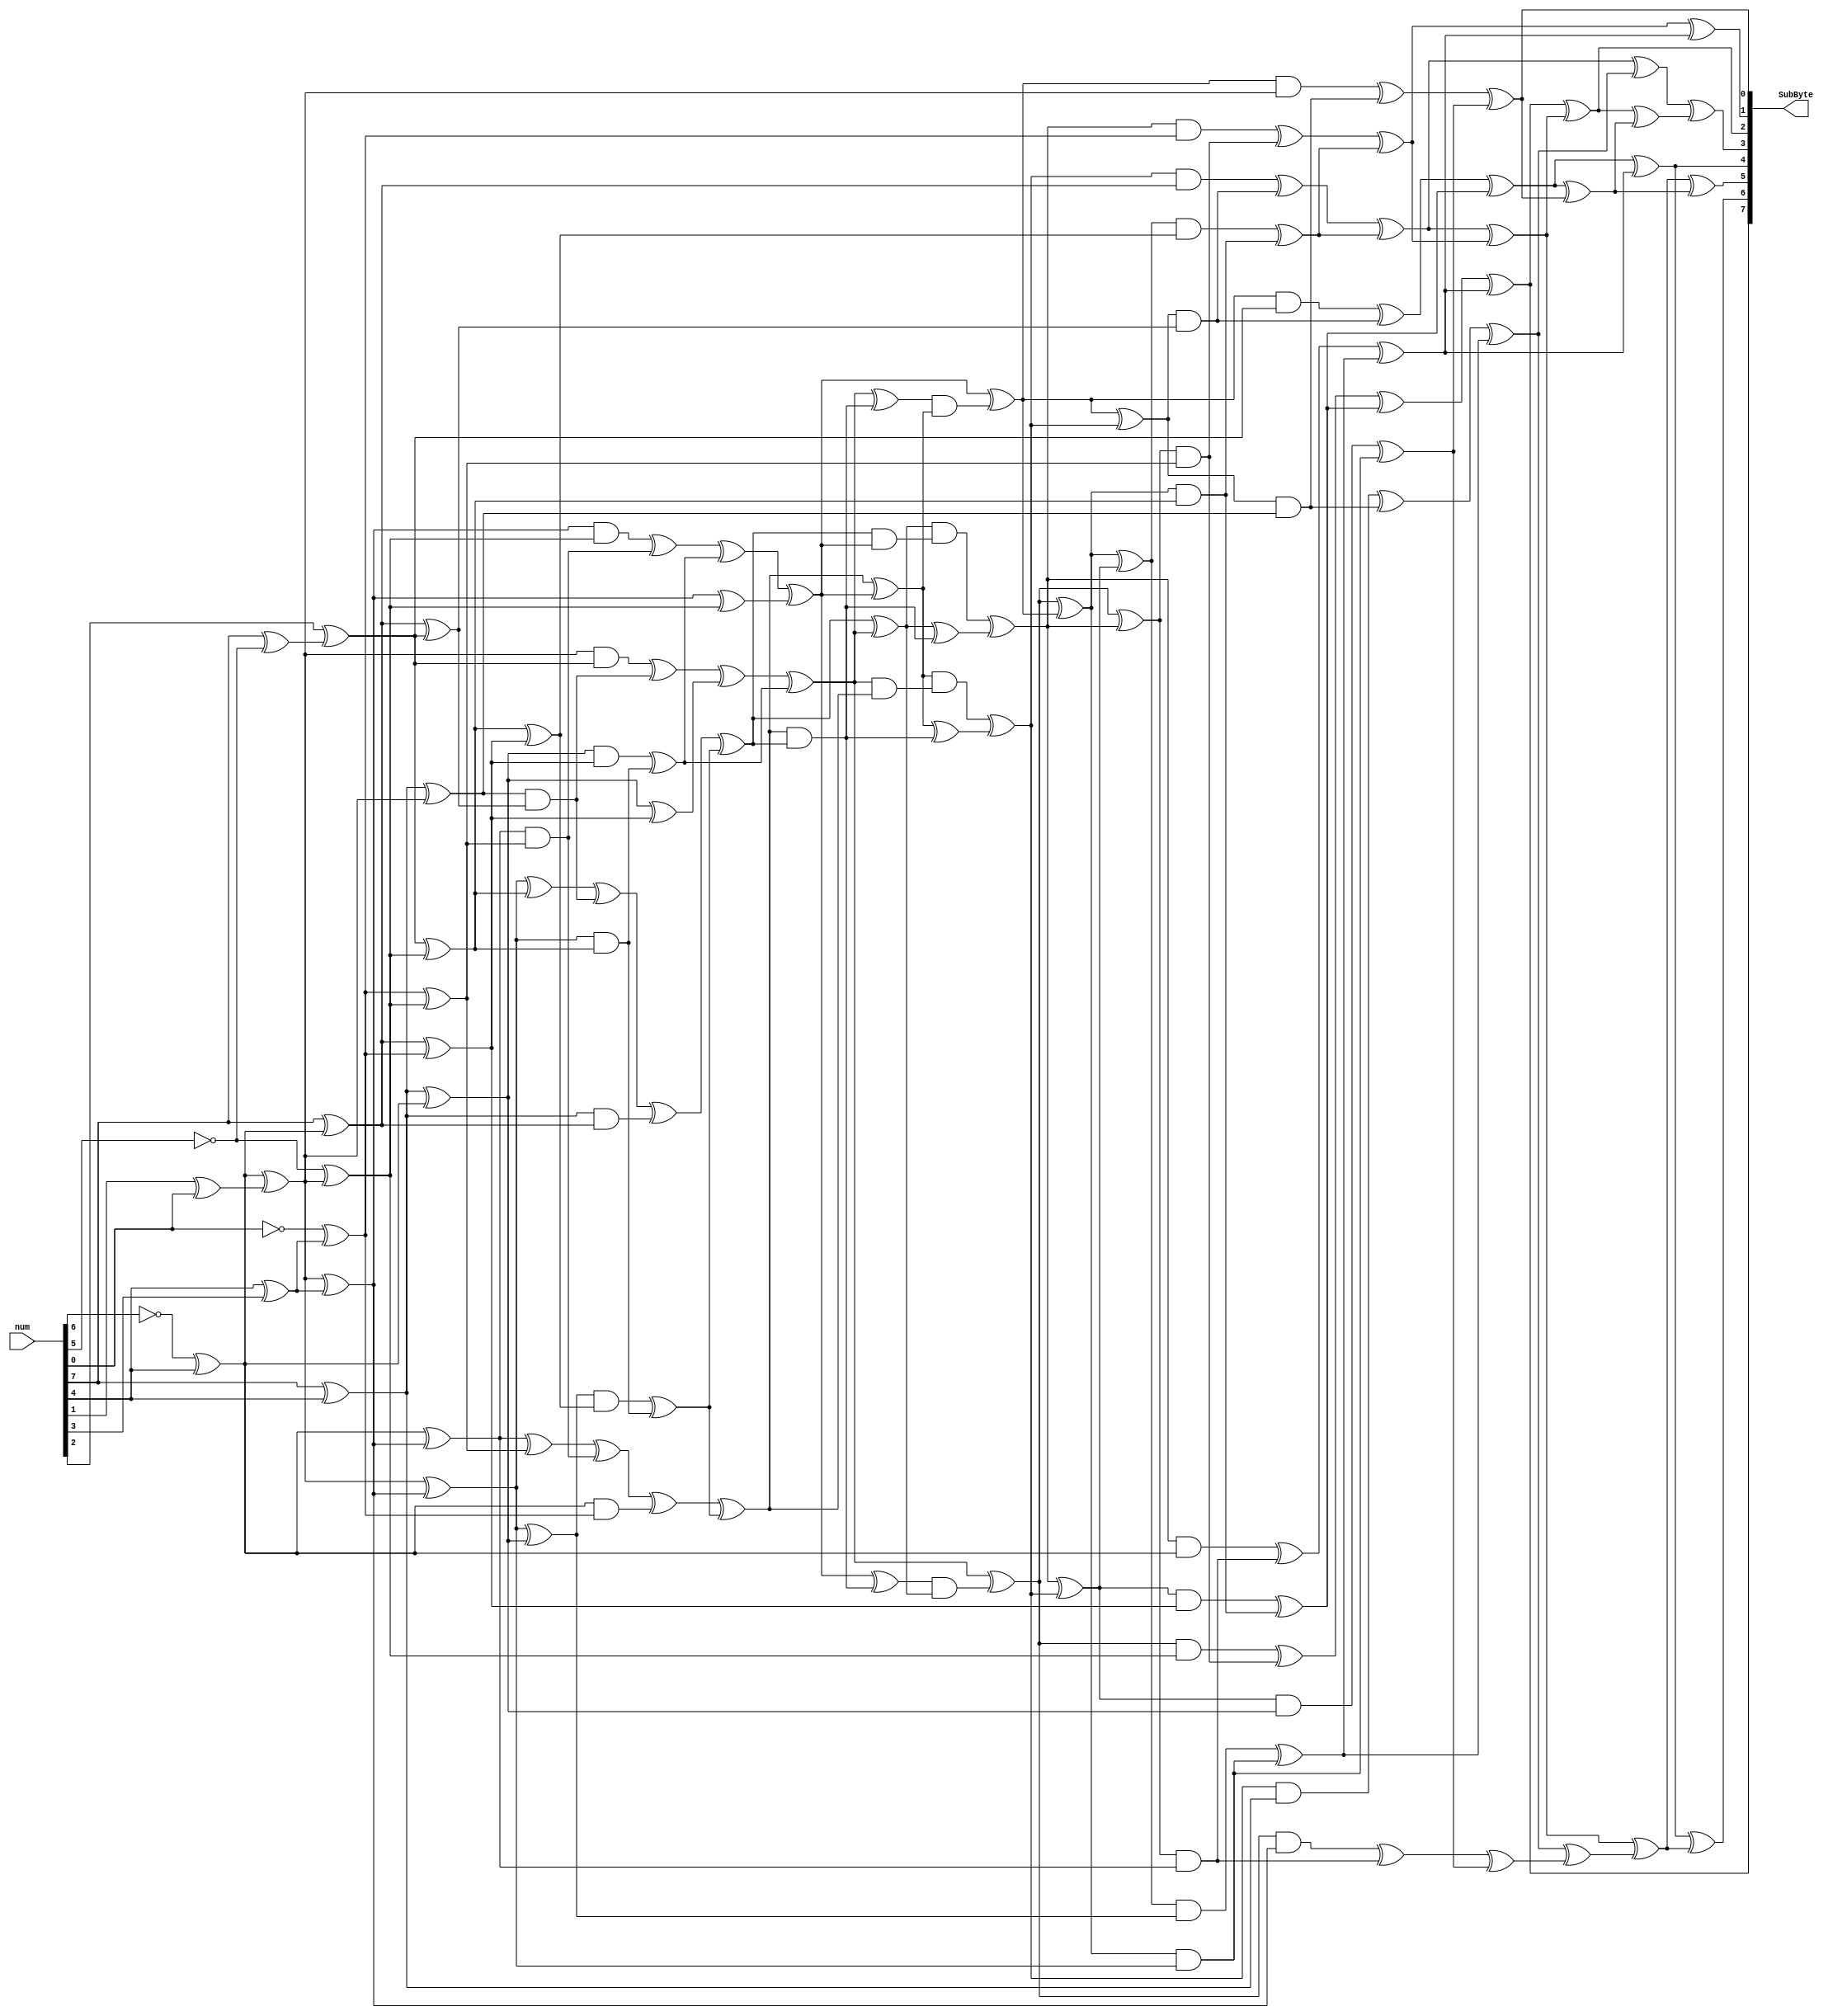
// http://cs-www.cs.yale.edu/homes/peralta/CircuitStuff/Sinv.txt
module inverse_sbox(	
	output [7:0] SubByte,
	input [7:0] num
	);
	
	wire[0:7] S, U;

	assign U = num;
	assign SubByte = S;


assign Y0 = U[0] ^ U[3];
assign Y2 = ~U[1] ^ U[3];
assign Y4 = U[0] ^ Y2;
assign RTL0 = U[6] ^ U[7];
assign Y1 = Y2 ^ RTL0;
assign Y7 = ~U[2] ^ Y1;
assign RTL1 = U[3] ^ U[4];
assign Y6 = ~U[7] ^ RTL1;
assign Y3 = Y1 ^ RTL1;
assign RTL2 = U[0] ^ ~U[2];
assign Y5 = U[5] ^ RTL2;
assign sa1 = Y0 ^ Y2;
assign sa0 = Y1 ^ Y3;
assign sb1 = Y4 ^ Y6;
assign sb0 = Y5 ^ Y7;
assign ah = Y0 ^ Y1;
assign al = Y2 ^ Y3;
assign aa = sa0 ^ sa1;
assign bh = Y4 ^ Y5;
assign bl = Y6 ^ Y7;
assign bb = sb0 ^ sb1;
assign ab20 = sa0 ^ sb0;
assign ab22 = al ^ bl;
assign ab23 = Y3 ^ Y7;
assign ab21 = sa1 ^ sb1;
assign abcd1 = ah & bh;
assign rr1 = Y0 & Y4;
assign ph11 = ab20 ^ abcd1;
assign t01 = Y1 & Y5;
assign ph01 = t01 ^ abcd1;
assign abcd2 = al & bl;
assign r1 = Y2 & Y6;
assign pl11 = ab22 ^ abcd2;
assign r2 = Y3 & Y7;
assign pl01 = r2 ^ abcd2;
assign r3 = sa0 & sb0;
assign vr1 = aa & bb;
assign pr1 = vr1 ^ r3;
assign wr1 = sa1 & sb1;
assign qr1 = wr1 ^ r3;
assign ab0 = ph11 ^ rr1;
assign ab1 = ph01 ^ ab21;
assign ab2 = pl11 ^ r1;
assign ab3 = pl01 ^ qr1;
assign cp1 = ab0 ^ pr1;
assign cp2 = ab1 ^ qr1;
assign cp3 = ab2 ^ pr1;
assign cp4 = ab3 ^ ab23;
assign tinv1 = cp3 ^ cp4;
assign tinv2 = cp3 & cp1;
assign tinv3 = cp2 ^ tinv2;
assign tinv4 = cp1 ^ cp2;
assign tinv5 = cp4 ^ tinv2;
assign tinv6 = tinv5 & tinv4;
assign tinv7 = tinv3 & tinv1;
assign d2 = cp4 ^ tinv7;
assign d0 = cp2 ^ tinv6;
assign tinv8 = cp1 & cp4;
assign tinv9 = tinv4 & tinv8;
assign tinv10 = tinv4 ^ tinv2;
assign d1 = tinv9 ^ tinv10;
assign tinv11 = cp2 & cp3;
assign tinv12 = tinv1 & tinv11;
assign tinv13 = tinv1 ^ tinv2;
assign d3 = tinv12 ^ tinv13;
assign sd1 = d1 ^ d3;
assign sd0 = d0 ^ d2;
assign dl = d0 ^ d1;
assign dh = d2 ^ d3;
assign dd = sd0 ^ sd1;
assign abcd3 = dh & bh;
assign rr2 = d3 & Y4;
assign t02 = d2 & Y5;
assign abcd4 = dl & bl;
assign r4 = d1 & Y6;
assign r5 = d0 & Y7;
assign r6 = sd0 & sb0;
assign vr2 = dd & bb;
assign wr2 = sd1 & sb1;
assign abcd5 = dh & ah;
assign r7 = d3 & Y0;
assign r8 = d2 & Y1;
assign abcd6 = dl & al;
assign r9 = d1 & Y2;
assign r10 = d0 & Y3;
assign r11 = sd0 & sa0;
assign vr3 = dd & aa;
assign wr3 = sd1 & sa1;
assign ph12 = rr2 ^ abcd3;
assign ph02 = t02 ^ abcd3;
assign pl12 = r4 ^ abcd4;
assign pl02 = r5 ^ abcd4;
assign pr2 = vr2 ^ r6;
assign qr2 = wr2 ^ r6;
assign p0 = ph12 ^ pr2;
assign p1 = ph02 ^ qr2;
assign p2 = pl12 ^ pr2;
assign p3 = pl02 ^ qr2;
assign ph13 = r7 ^ abcd5;
assign ph03 = r8 ^ abcd5;
assign pl13 = r9 ^ abcd6;
assign pl03 = r10 ^ abcd6;
assign pr3 = vr3 ^ r11;
assign qr3 = wr3 ^ r11;
assign p4 = ph13 ^ pr3;
assign S[7] = ph03 ^ qr3;
assign p6 = pl13 ^ pr3;
assign p7 = pl03 ^ qr3;
assign S[3] = p1 ^ p6;
assign S[6] = p2 ^ p6;
assign S[0] = p3 ^ p6;
assign X11 = p0 ^ p2;
assign S[5] = S[0] ^ X11;
assign X13 = p4 ^ p7;
assign X14 = X11 ^ X13;
assign S[1] = S[3] ^ X14;
assign X16 = p1 ^ S[7];
assign S[2] = X14 ^ X16;
assign X18 = p0 ^ p4;
assign X19 = S[5] ^ X16;
assign S[4] = X18 ^ X19;

endmodule

module inverseSubBytes(x,z);
input [127:0] x;
output [127:0] z;

generate
genvar i;
for (i = 0; i < 16; i = i + 1) begin:INVERSESBOX
	inverse_sbox inverse_sbox(z[8*(i+1)-1:8*i], x[8*(i+1)-1:8*i]);
end
endgenerate


endmodule